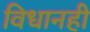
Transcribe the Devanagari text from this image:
विधानही